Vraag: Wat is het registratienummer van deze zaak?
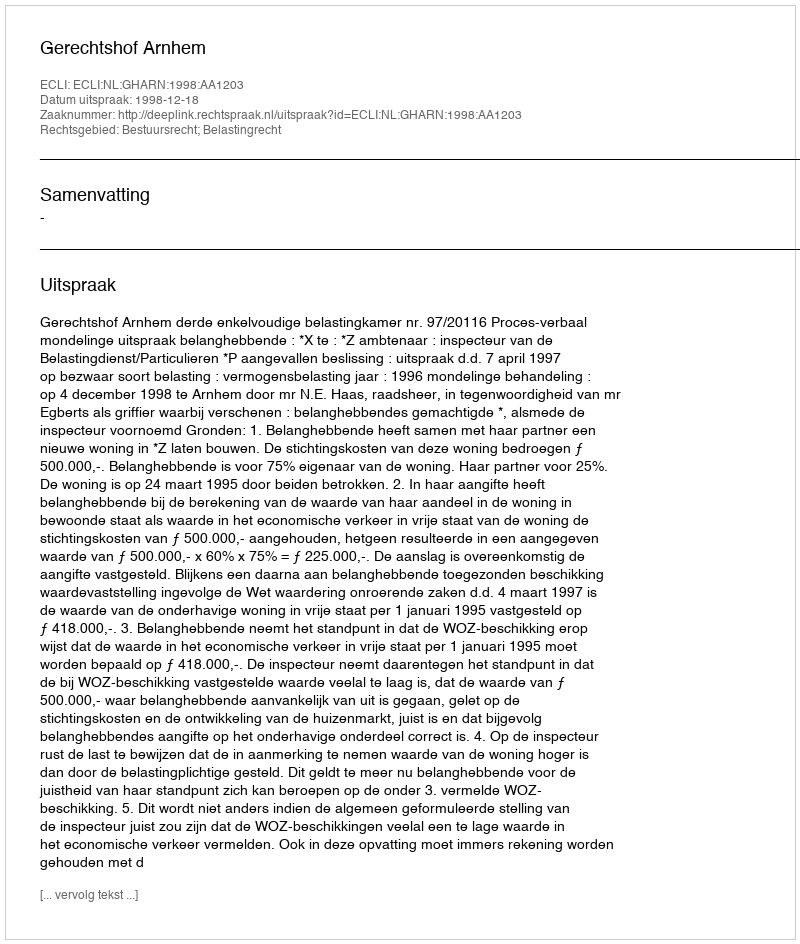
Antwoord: http://deeplink.rechtspraak.nl/uitspraak?id=ECLI:NL:GHARN:1998:AA1203